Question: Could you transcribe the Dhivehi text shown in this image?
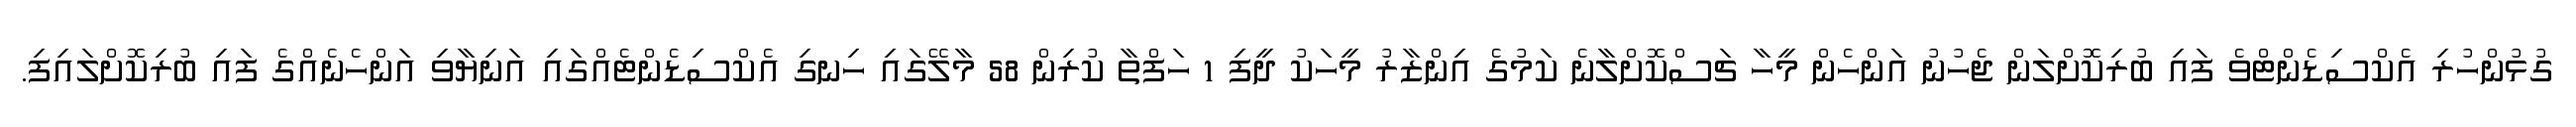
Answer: ގުޅުންހުރި އެކްސިޑެންޓްވެ ފައި ބުރިކޮށްލަން ޖެހުނު އަންހެން މީހާ ޗަސްކޮށްލާނެ ކަމުގެ އިންޒާރު މީހަކު ދީފި 1 ހަފްތާ ކުރިން 58 މާލޭގައި ހިނގި އެކްސިޑެންޓެއްގައި އަނިޔާވި އަންހެނެއްގެ ފައި ބުރިކޮށްލައިފި.